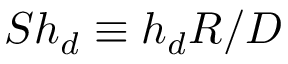
S h _ { d } \equiv { h _ { d } R / { \cal D } }